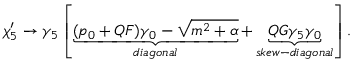
\chi _ { 5 } ^ { \prime } \rightarrow \gamma _ { 5 } \left[ \underbrace { ( p _ { 0 } + Q F ) \gamma _ { 0 } - \sqrt { m ^ { 2 } + \alpha } } _ { d i a g o n a l } + \underbrace { Q G \gamma _ { 5 } \gamma _ { 0 } } _ { s k e w - d i a g o n a l } \right] .